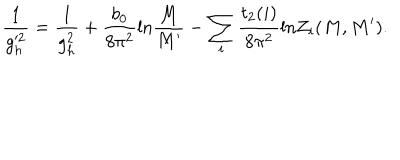
\frac { 1 } { g _ { h } ^ { 2 } } = \frac { 1 } { g _ { h } ^ { 2 } } + \frac { b _ { 0 } } { 8 \pi ^ { 2 } } \mathrm { l n } \frac { M } { M ^ { \prime } } - \sum _ { i } \frac { t _ { 2 } ( i ) } { 8 \pi ^ { 2 } } \mathrm { l n } Z _ { i } ( M , M ^ { \prime } ) .